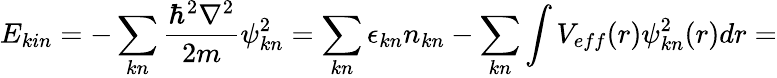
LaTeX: E_{kin}=-\sum_{kn}\frac{\hbar^{2}\nabla^{2}}{2m}\psi_{kn}^{2}=\sum_{kn}\epsilon_{kn}n_{kn}-\sum_{kn}\int V_{eff}(r)\psi_{kn}^{2}(r)dr=